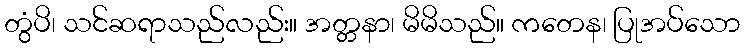
တွံပိ၊ သင်ဆရာသည်လည်း။ အတ္တနာ၊ မိမိသည်။ ကတေန၊ ပြုအပ်သော